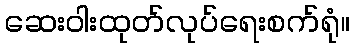
ဆေးဝါးထုတ်လုပ်ရေးစက်ရုံ။